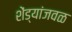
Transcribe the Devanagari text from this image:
शेंड्यांजवळ